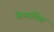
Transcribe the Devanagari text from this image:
कैम्बलिस